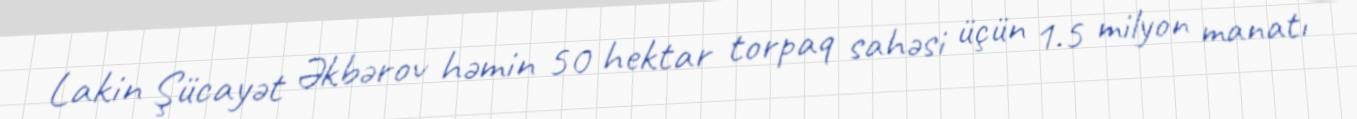
Lakin Şücayət Əkbərov həmin 50 hektar torpaq sahəsi üçün 1.5 milyon manatı